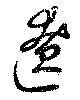
遼